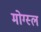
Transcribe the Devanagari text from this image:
मोग्स्ल